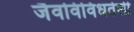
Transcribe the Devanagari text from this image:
जैवविविधतेशी